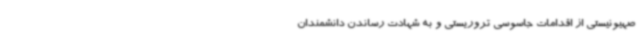
صهیونیستی از اقدامات جاسوسی تروریستی و به شهادت رساندن دانشمندان